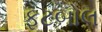
ફટબોલ